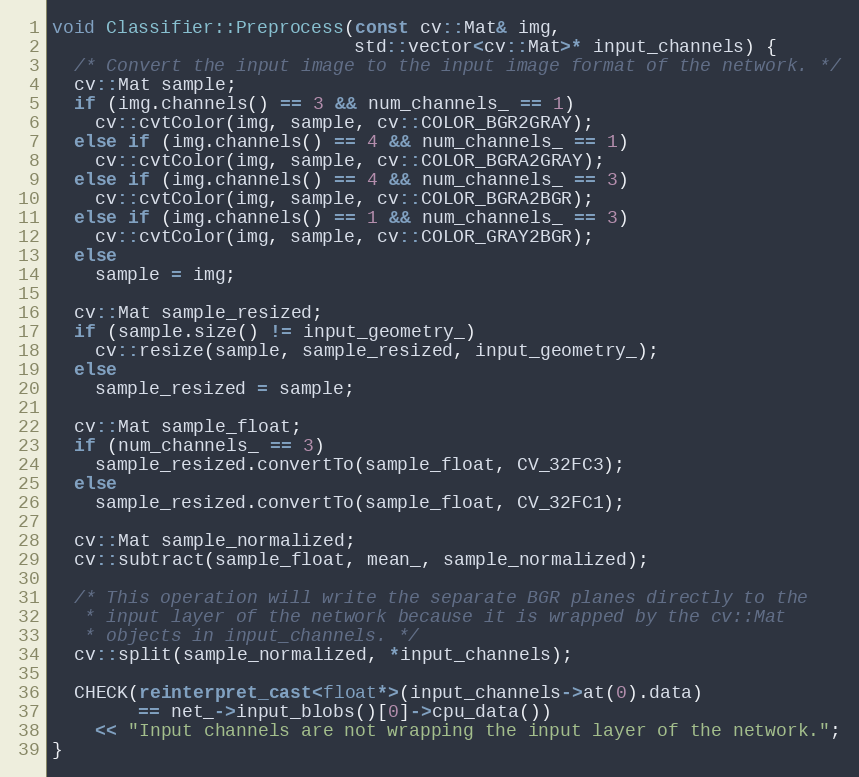
Language: C++
void Classifier::Preprocess(const cv::Mat& img,
                            std::vector<cv::Mat>* input_channels) {
  /* Convert the input image to the input image format of the network. */
  cv::Mat sample;
  if (img.channels() == 3 && num_channels_ == 1)
    cv::cvtColor(img, sample, cv::COLOR_BGR2GRAY);
  else if (img.channels() == 4 && num_channels_ == 1)
    cv::cvtColor(img, sample, cv::COLOR_BGRA2GRAY);
  else if (img.channels() == 4 && num_channels_ == 3)
    cv::cvtColor(img, sample, cv::COLOR_BGRA2BGR);
  else if (img.channels() == 1 && num_channels_ == 3)
    cv::cvtColor(img, sample, cv::COLOR_GRAY2BGR);
  else
    sample = img;

  cv::Mat sample_resized;
  if (sample.size() != input_geometry_)
    cv::resize(sample, sample_resized, input_geometry_);
  else
    sample_resized = sample;

  cv::Mat sample_float;
  if (num_channels_ == 3)
    sample_resized.convertTo(sample_float, CV_32FC3);
  else
    sample_resized.convertTo(sample_float, CV_32FC1);

  cv::Mat sample_normalized;
  cv::subtract(sample_float, mean_, sample_normalized);

  /* This operation will write the separate BGR planes directly to the
   * input layer of the network because it is wrapped by the cv::Mat
   * objects in input_channels. */
  cv::split(sample_normalized, *input_channels);

  CHECK(reinterpret_cast<float*>(input_channels->at(0).data)
        == net_->input_blobs()[0]->cpu_data())
    << "Input channels are not wrapping the input layer of the network.";
}